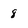
Character: 8